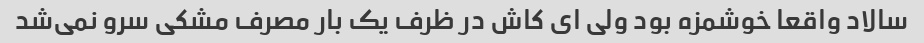
سالاد واقعا خوشمزه بود ولی ای کاش در ظرف یک بار مصرف مشکی سرو نمی‌شد